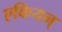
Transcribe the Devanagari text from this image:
एकियन्